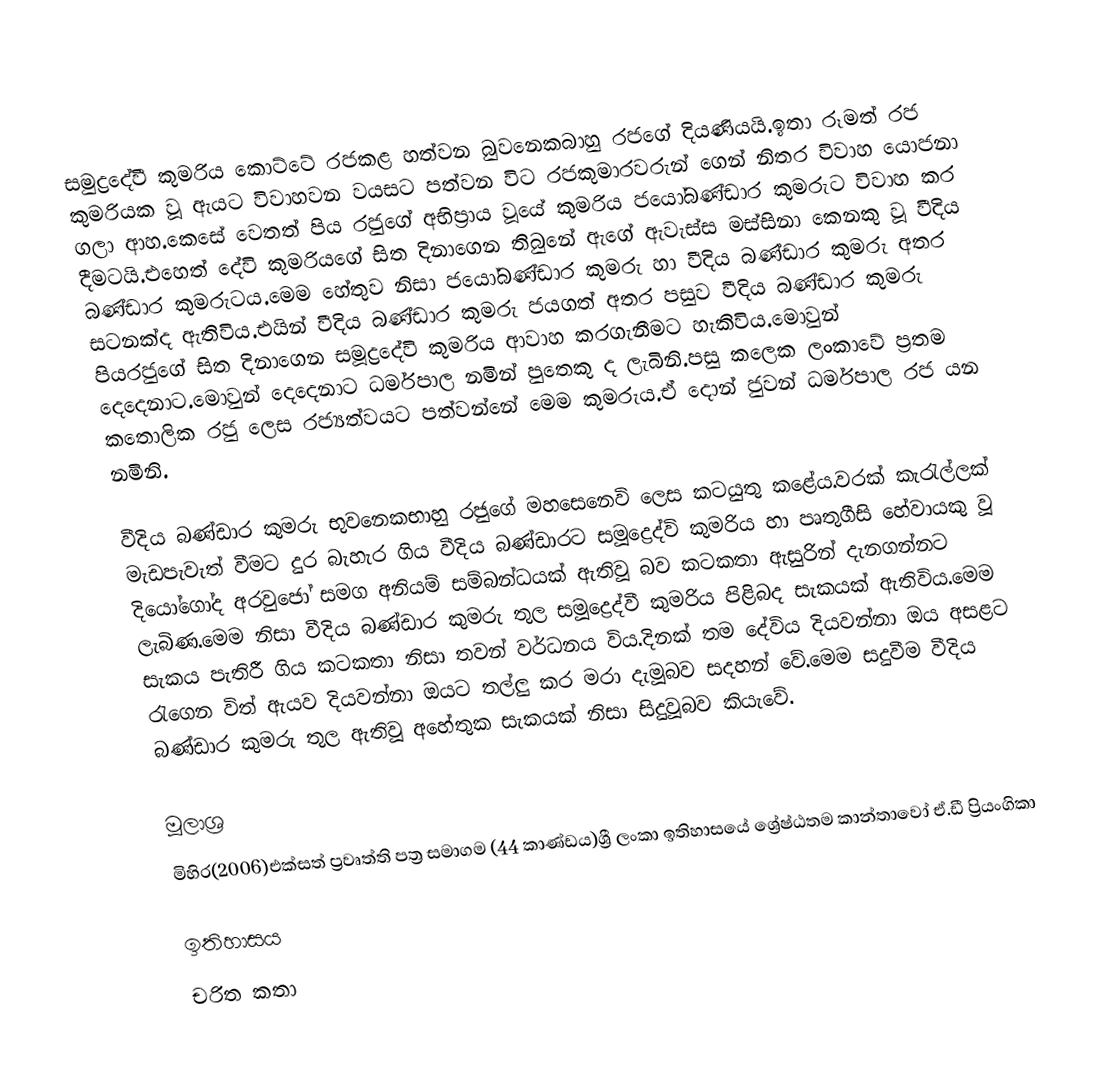
සමුද්‍රදේවී කුමරිය කොට්ටේ රජකළ හත්වන බුවනෙකබාහු රජගේ දියණියයි.ඉතා රූමත් රජ කුමරියක වූ ඇයට විවාහවන වයසට පත්වන විට රජකුමාරවරුන් ගෙන් නිතර විවාහ යොජනා ගලා ආහ.කෙසේ වෙතත් පිය රජුගේ අභිප්‍රාය වූයේ කුමරිය ජයෝබණ්ඩාර කුමරුට විවාහ කර දීමටයි.එහෙත් දේවි කුමරියගේ සිත දිනාගෙන තිබුනේ ඇගේ ඇවැස්ස මස්සිනා කෙනකු වූ වීදිය බණ්ඩාර කුමරුටය.මෙම හේතුව නිසා ජයෝබණ්ඩාර කුමරු හා වීදිය බණ්ඩාර කුමරු අතර සටනක්ද ඇතිවිය.එයින් වීදිය බණ්ඩාර කුමරු ජයගත් අතර පසුව වීදිය බණ්ඩාර කුමරු පියරජුගේ සිත දිනාගෙන සමූද්‍රදේවි කුමරිය ආවාහ කරගැනීමට හැකිවිය.මොවුන් දෙදෙනාට.මොවුන් දෙදෙනාට ධර්මපාල නමින් පුතෙකු ද ලැබිනි.පසු කලෙක ලංකාවේ ප්‍රතම කතොලික රජු ලෙස රජ්‍යත්වයට පත්වන්නේ මෙම කුමරුය.ඒ දොන් ජුවන් ධර්මපාල රජ යන නමිනි.

වීදිය බණ්ඩාර කුමරු භුවනෙකභාහු රජුගේ මහසෙනෙවි ලෙස කටයුතු කළේය.වරක් කැරැල්ලක් මැඩපැවැත් වීමට දුර බැහැර ගිය වීදිය බණ්ඩාරට සමූද්‍රෙද්වි කුමරිය හා පෘතුගීසි හේවායකු වූ දියෝගෝද අරවුජෝ සමග අනියම් සම්බන්ධයක් ඇතිවූ බව කටකතා ඇසුරින් දැනගන්නට ලැබිණ.මෙම නිසා වීදිය බණ්ඩාර කුමරු තුල සමූද්‍රෙද්වී කුමරිය පිළිබද සැකයක් ඇතිවිය.මෙම සැකය පැතිරී ගිය කටකතා නිසා තවන් වර්ධනය විය.දිනක් තම දේවිය දියවන්නා ඔය අසළට රැගෙන විත් ඇයව දියවන්නා ඔයට තල්ලු කර මරා දැමූබව සදහන් වේ.මෙම සදුවීම වීදිය බණ්ඩාර කුමරු තුල ඇතිවූ අහේතුක සැකයක් නිසා සිදුවූබව කියැවේ.

මූලාශ්‍ර
 මිහිර(2006)එක්සත් ප්‍රවෘත්ති පත්‍ර සමාගම (44 කාණ්ඩය)ශ්‍රී ලංකා ඉතිහාසයේ ශ්‍රේෂ්ඨතම කාන්තාවෝ ඒ.ඩී ප්‍රියංගිකා

ඉතිහාසය
චරිත කතා